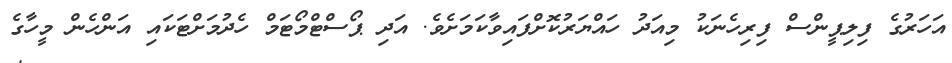
އަހަރުގެ ފިލިޕީންސް ފިރިހެނަކު މިއަދު ހައްޔަރުކޮށްފައިވާކަމަށެވެ. އަދި ޕޯސްޓްމޯޓަމް ހެދުމަށްޓަަކައި އަންހެން މީހާގެ